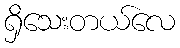
ရှိသေးတယ်လေ